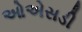
ઓએસડી